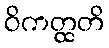
ဝိကတ္ထတိ